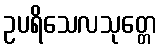
ဥပရိသေလသုတ္တေ